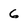
Character: 6